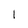
Character: 1